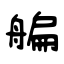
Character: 艑